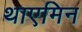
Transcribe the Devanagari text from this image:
थाएमिन